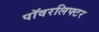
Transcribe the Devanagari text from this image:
पॉवरलिफ्टर